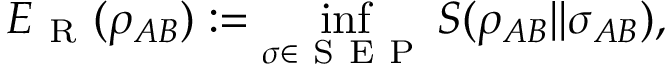
E _ { \mathrm { ~ R ~ } } ( \rho _ { A B } ) : = \operatorname* { i n f } _ { \sigma \in \mathrm { ~ S ~ E ~ P ~ } } S ( \rho _ { A B } | | \sigma _ { A B } ) ,